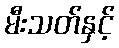
မီးသတ်နှင့်